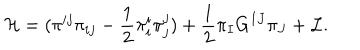
{ \cal { H } } = ( \pi ^ { i j } \pi _ { i j } - \frac { 1 } { 2 } \pi _ { i } ^ { i } \pi _ { j } ^ { j } ) + \frac { 1 } { 2 } \pi _ { I } G ^ { I J } \pi _ { J } + { \cal { L } } .